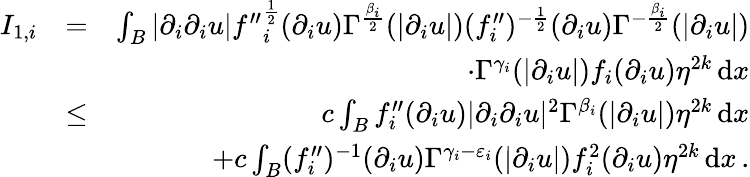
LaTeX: \begin{array}{rlr}{I_{1,i}}&{=}&{\int_{B}|\partial_{i}\partial_{i}u|{f^{\prime\prime}}_{i}^{\frac{1}{2}}(\partial_{i}u)\Gamma^{\frac{\beta_{i}}{2}}(|\partial_{i}u|)(f_{i}^{\prime\prime})^{-\frac{1}{2}}(\partial_{i}u)\Gamma^{-\frac{\beta_{i}}{2}}(|\partial_{i}u|)}\\ &{}&{\qquad\cdot\Gamma^{\gamma_{i}}(|\partial_{i}u|)f_{i}(\partial_{i}u)\eta^{2k}\, \mathrm{d}x}\\ &{\leq}&{c\int_{B}f_{i}^{\prime\prime}(\partial_{i}u)|\partial_{i}\partial_{i}u|^{2}\Gamma^{\beta_{i}}(|\partial_{i}u|)\eta^{2k}\, \mathrm{d}x}\\ &{}&{+c\int_{B}(f_{i}^{\prime\prime})^{-1}(\partial_{i}u)\Gamma^{\gamma_{i}-\varepsilon_{i}}(|\partial_{i}u|)f_{i}^{2}(\partial_{i}u)\eta^{2k}\, \mathrm{d}x\, .}\end{array}